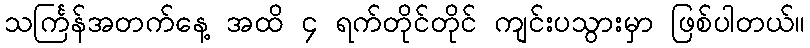
သင်္ကြန်အတက်နေ့ အထိ ၄ ရက်တိုင်တိုင် ကျင်းပသွားမှာ ဖြစ်ပါတယ်။